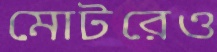
মোটরেও